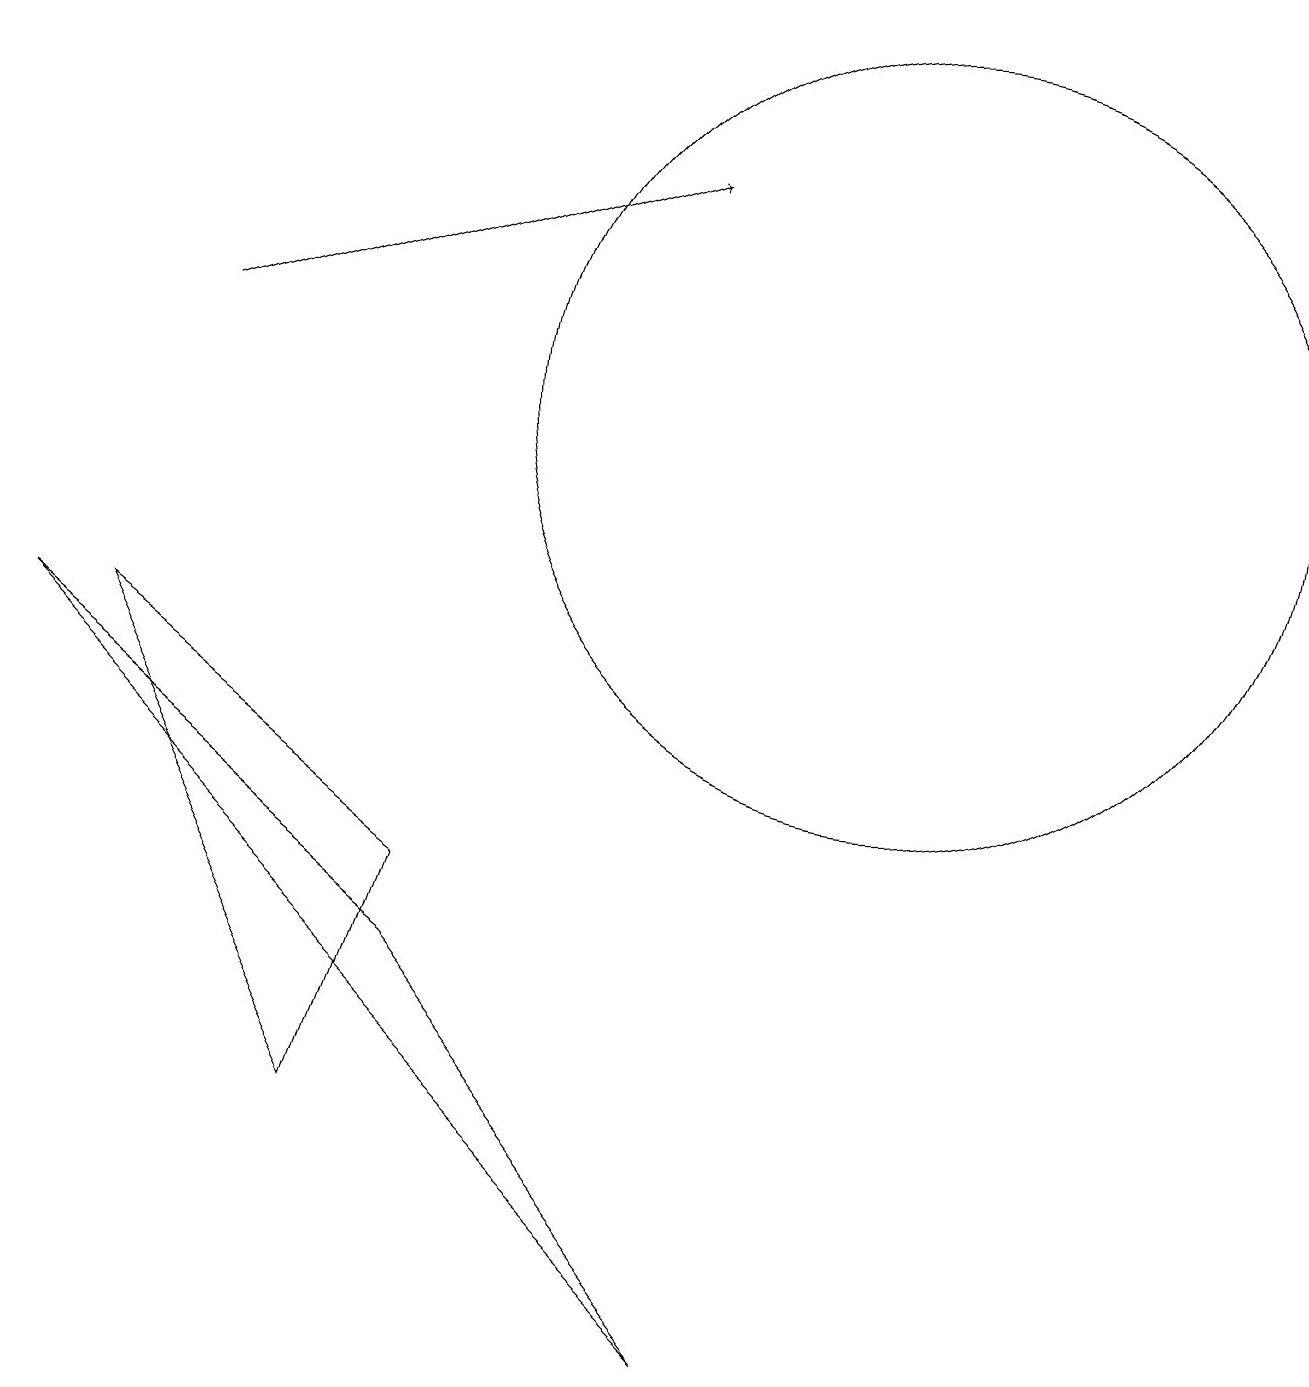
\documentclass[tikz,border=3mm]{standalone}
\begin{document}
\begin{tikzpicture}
\draw (11,12) circle (5);
\draw (0,9) -- (5,5) -- (9,0) -- cycle;
\draw[->] (2,13) -- (8,15);
\draw (1,9) -- (4,3) -- (5,6) -- cycle;
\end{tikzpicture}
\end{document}